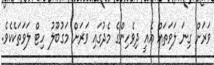
ވަރަށް ގިނަ ލަވަތައް އެއީ ދިވެހިންގެ މެދުގައި ވަރަށް މަގުބޫލު ހިޓް ލަވަތަކެކެވެެ.